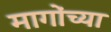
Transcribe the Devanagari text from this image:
मागोंच्या